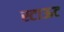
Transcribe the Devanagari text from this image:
स्टाऊट